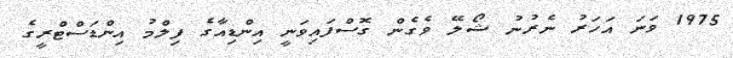
1975 ވަނަ އަހަރު ނެރުނު ޝޯލޭ ވެގެން ގޮސްފައިވަނީ އިންޑިއާގެ ފިލްމު އިންޑަސްޓްރީގެ